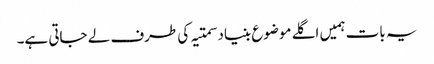
یہ بات ہمیں اگلے موضوع بنیاد سمتیہ کی طرف لے جاتی ہے۔